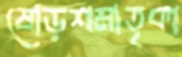
ষোড়শমাতৃকা